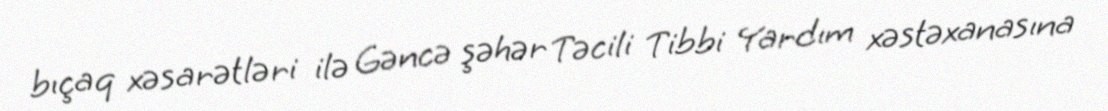
bıçaq xəsarətləri ilə Gəncə şəhər Təcili Tibbi Yardım xəstəxanasına